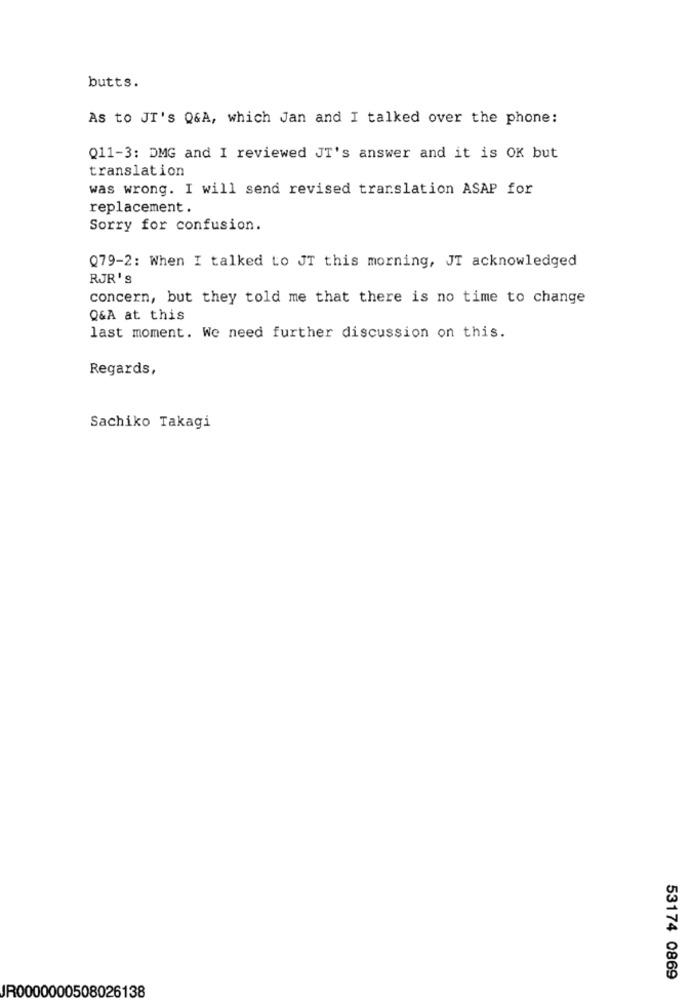
butts.
As to JT's Q&A, which Jan and I talked over the phone:
Q11-3: DMG and I reviewed JT's answer and it is OK but
translation
was wrong. I will send revised translation ASAP for
replacement .
Sorry for confusion.
Q79-2: When I talked to JT this morning, JT acknowledged
RJR's
concern, but they told me that there is no time to change
Q&A at this
last moment. We need further discussion on this.
Regards,
Sachiko Takagi
53174 0869
R0000000508026138